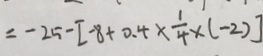
= - 2 5 - [ - 8 + 0 . 4 \times \frac { 1 } { 4 } \times ( - 2 ) ]